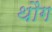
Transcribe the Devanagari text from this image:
थौंग